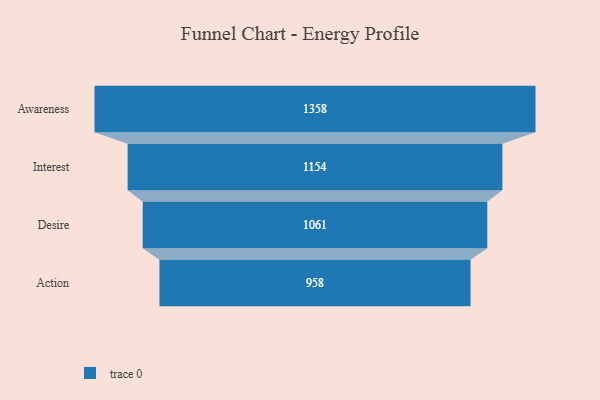
{"axis": {"x": "Stage", "y": "Value"}, "legend": [""], "data": [{"x": "Awareness", "y": 1358.0, "type": ""}, {"x": "Interest", "y": 1154.0, "type": ""}, {"x": "Desire", "y": 1061.0, "type": ""}, {"x": "Action", "y": 958.0, "type": ""}]}